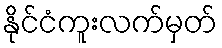
နိုင်ငံကူးလက်မှတ်